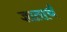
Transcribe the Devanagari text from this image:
ज्ञातार्थं